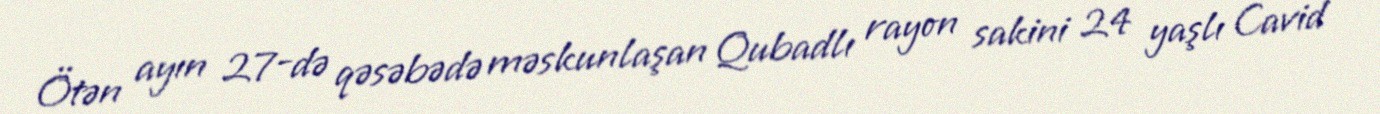
Ötən ayın 27-də qəsəbədə məskunlaşan Qubadlı rayon sakini 24 yaşlı Cavid